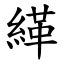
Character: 緙